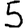
Digit: 5